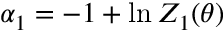
\alpha _ { 1 } = - 1 + \ln Z _ { 1 } ( \theta )